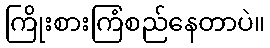
ကြိုးစားကြံစည်နေတာပဲ။